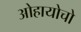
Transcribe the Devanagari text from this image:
ओहायोचो